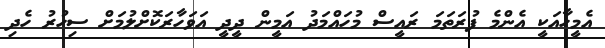
އެމީހާއަކީ އެންމެ ފުރަތަމަ ރައީސް މުހައްމަދު އަމީން ދީދީ އަވަހާރަކޮށްލުމަށް ސިހުރު ހެދި